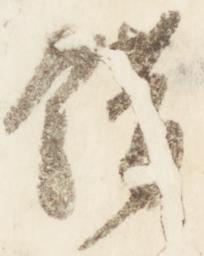
錯